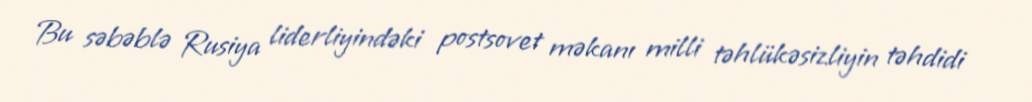
Bu səbəblə Rusiya liderliyindəki postsovet məkanı milli təhlükəsizliyin təhdidi